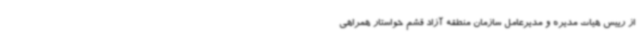
از رییس هیات مدیره و مدیرعامل سازمان منطقه آزاد قشم خواستار همراهی